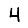
Digit: 4